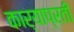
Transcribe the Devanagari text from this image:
कार्याप्रती